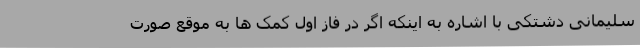
سلیمانی دشتکی با اشاره به اینکه اگر در فاز اول کمک ها به موقع صورت